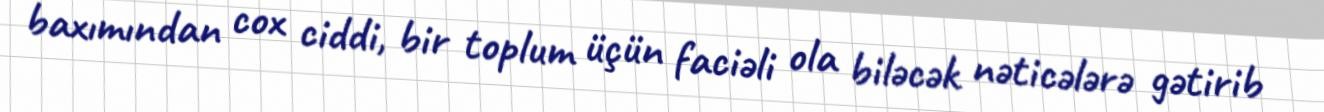
baxımından cox ciddi, bir toplum üçün faciəli ola biləcək nəticələrə gətirib